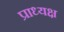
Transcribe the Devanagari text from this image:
प्राध्यक्ष